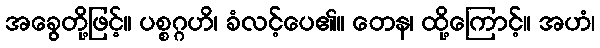
အခွေတို့ဖြင့်။ ပစ္စဂ္ဂဟိ၊ ခံလင့်ပေ၏။ တေန၊ ထို့ကြောင့်။ အဟံ၊